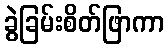
ခွဲခြမ်းစိတ်ဖြာကာ